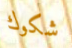
شكوك